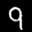
Label: 9